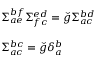
\begin{array} { l } { { \Sigma _ { a e } ^ { b f } \Sigma _ { f c } ^ { e d } = \check { g } \Sigma _ { a c } ^ { b d } } } \\ { { \ } } \\ { { \Sigma _ { a c } ^ { b c } = \check { g } \delta _ { a } ^ { b } } } \end{array}